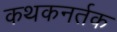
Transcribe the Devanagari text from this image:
कथकनर्तक